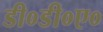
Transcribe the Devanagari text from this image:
डी०डी०ए०